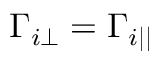
\Gamma _ { i \perp } = \Gamma _ { i | | }